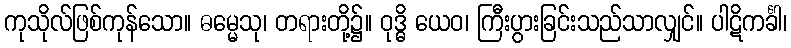
ကုသိုလ်ဖြစ်ကုန်သော။ ဓမ္မေသု၊ တရားတို့၌။ ဝုဒ္ဓိ ယေဝ၊ ကြီးပွားခြင်းသည်သာလျှင်။ ပါဋိကင်္ခါ၊